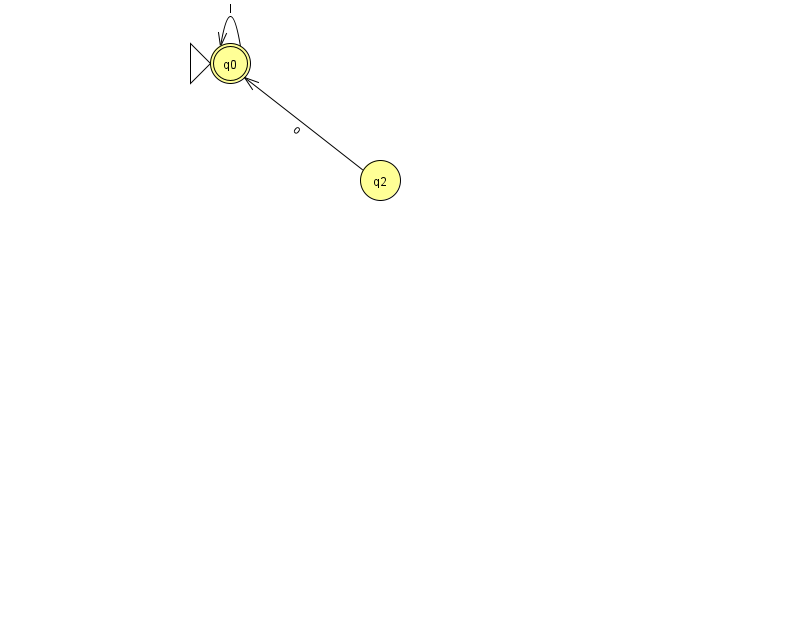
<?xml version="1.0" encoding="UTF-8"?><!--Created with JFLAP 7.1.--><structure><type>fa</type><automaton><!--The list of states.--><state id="0" name="q0"><x>230.0</x><y>50.0</y><initial/><final/></state><state id="2" name="q2"><x>380.0</x><y>167.0</y></state><!--The list of transitions.--><transition><from>0</from><to>0</to><read>I</read></transition><transition><from>2</from><to>0</to><read>o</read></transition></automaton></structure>